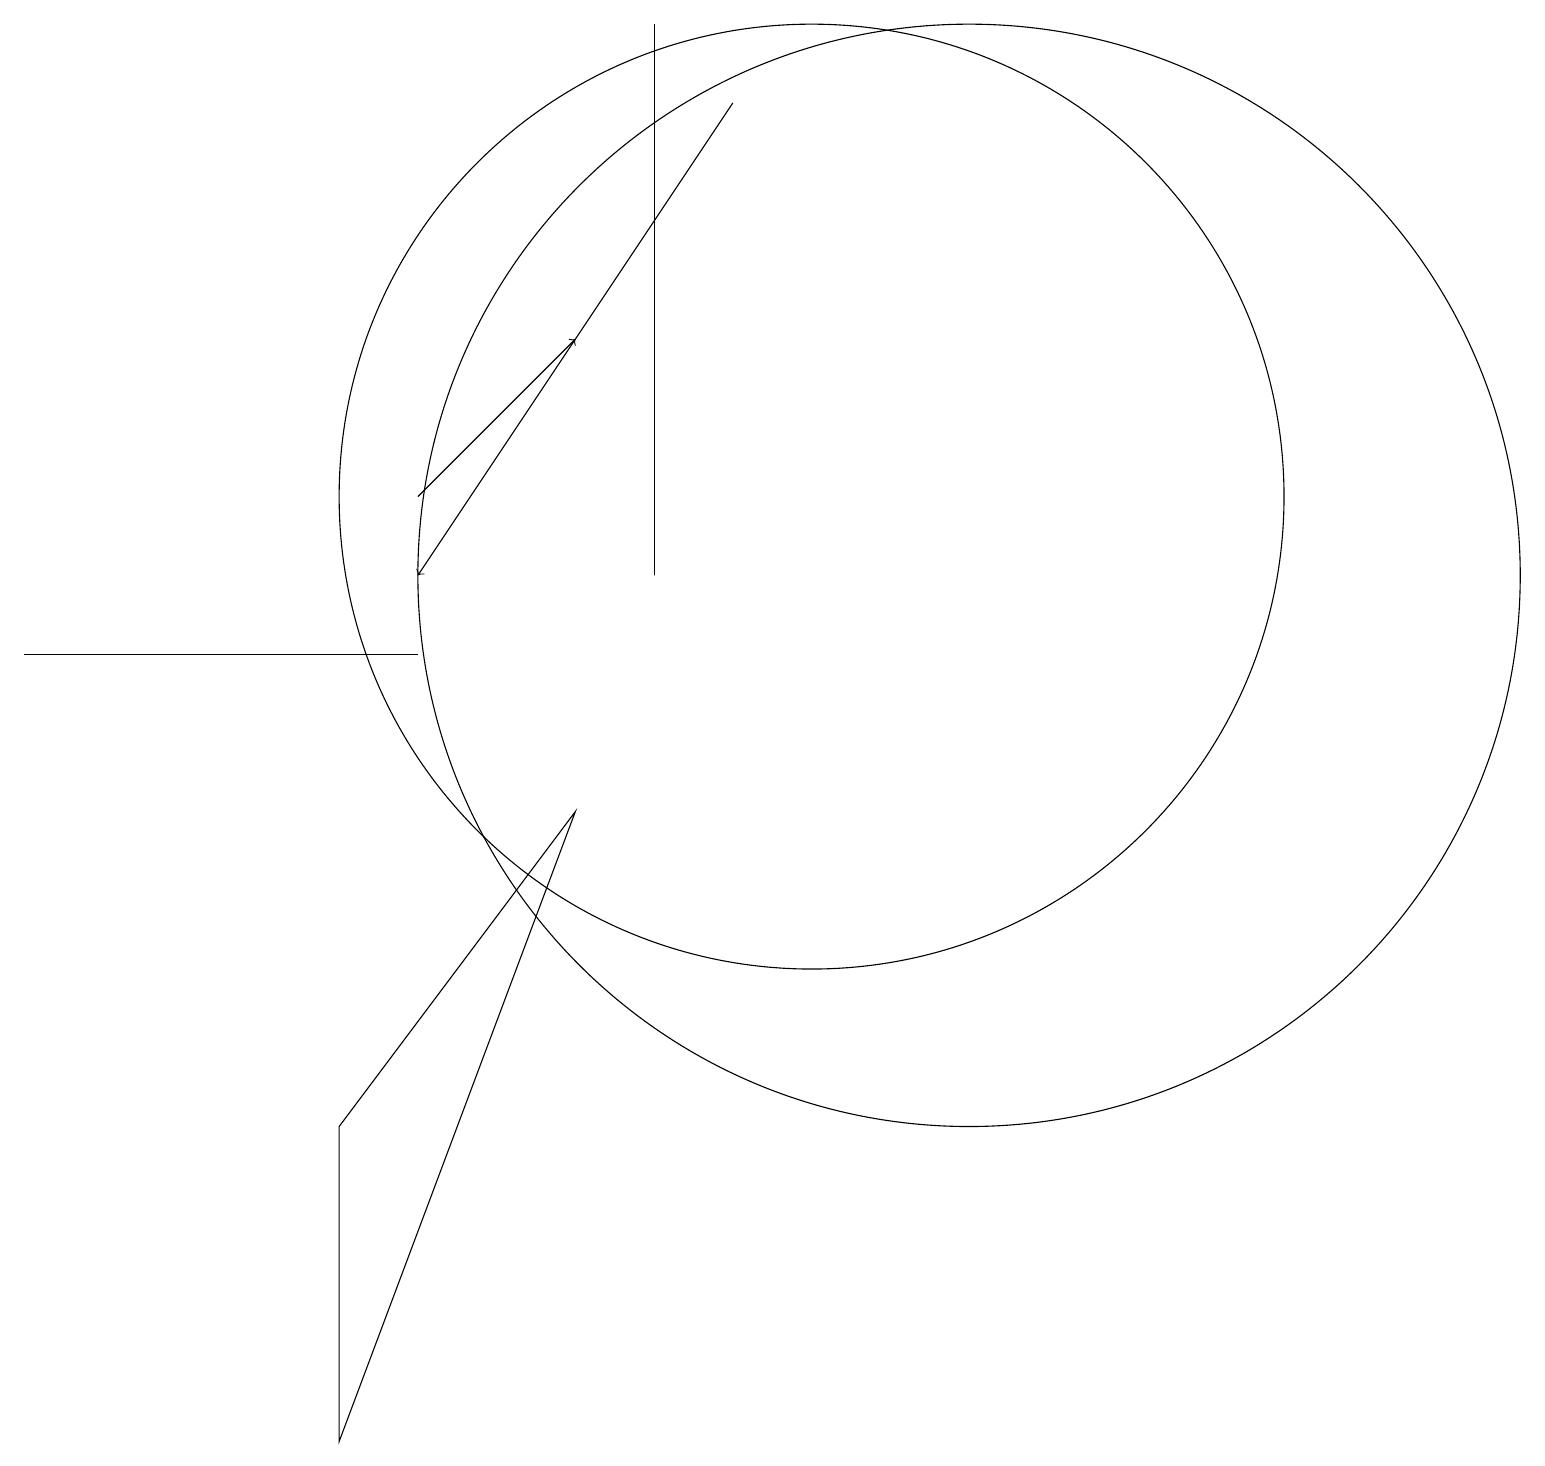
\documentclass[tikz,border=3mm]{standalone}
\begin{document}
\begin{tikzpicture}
\draw (10,12) circle (6);
\draw (4,0) -- (4,4) -- (7,8) -- cycle;
\draw[->] (9,17) -- (5,11);
\draw (11,11) circle (0);
\draw (5,10) rectangle (0,10);
\draw (12,11) circle (7);
\draw (8,11) rectangle (8,18);
\draw[->] (5,12) -- (7,14);
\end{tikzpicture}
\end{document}